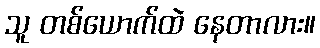
သူ တစ်ယောက်ထဲ နေတာလား။